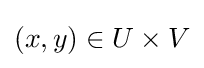
(x,y)\in U\times V